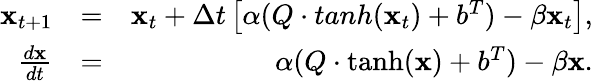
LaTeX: \begin{array}{rlr}{{\mathbf x}_{t+1}}&{=}&{{\mathbf x}_{t}+\Delta t\left[\alpha(Q\cdot tanh({\mathbf x}_{t})+b^{T})-\beta{\mathbf x}_{t}\right],}\\ {\frac{d{\mathbf x}}{dt}}&{=}&{\alpha(Q\cdot\operatorname{tanh}({\mathbf x})+b^{T})-\beta{\mathbf x}.}\end{array}